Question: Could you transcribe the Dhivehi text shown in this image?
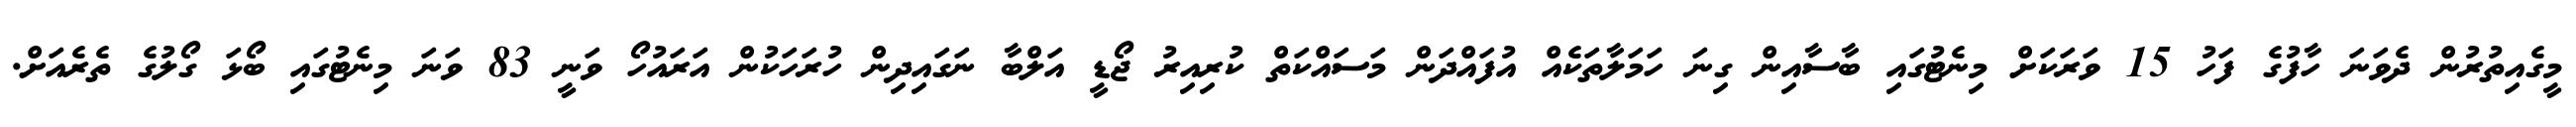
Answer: މީގެއިތުރުން ދެވަނަ ހާފުގެ ފަހު 15 ވަރަކަށް މިނެޓުގައި ބާސާއިން ގިނަ ހަމަލާތަކެއް އުފައްދަން މަސައްކަތް ކުރިއިރު ޖޯޑީ އަލްބާ ނަގައިދިން ހުރަހަކުން އަރައުހޯ ވަނީ 83 ވަނަ މިނެޓުގައި ބޯޅަ ގޯލުގެ ތެރެއަށް.